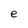
Character: e